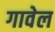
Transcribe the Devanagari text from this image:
गावेल